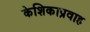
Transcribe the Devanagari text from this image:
केशिकाप्रवाह